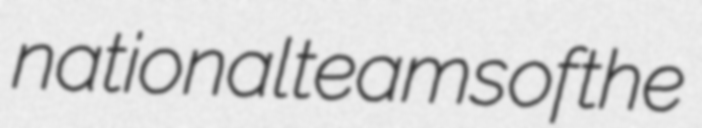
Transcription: national teams of the